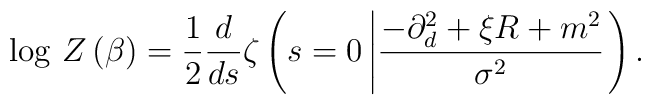
\log \, Z\left(\beta \right)=\frac{1}{2}\frac{d}{ds}\zeta \left(s=0\left|\frac{-\partial _{d}^{2}+\xi R+m^{2}}{\sigma ^{2}}\right.\right).